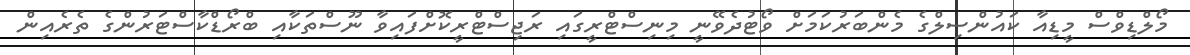
މޯލްޑިވްސް މީޑިއާ ކައުންސިލްގެ މެންބަރުކަމަށް ވޯޓުދެވޭނީ މިނިސްޓްރީގައި ރަޖިސްޓްރީކޮށްފައިވާ ނޫސްތަކާއި ބްރޯޑްކާސްޓަރުންގެ ތެރެއިން